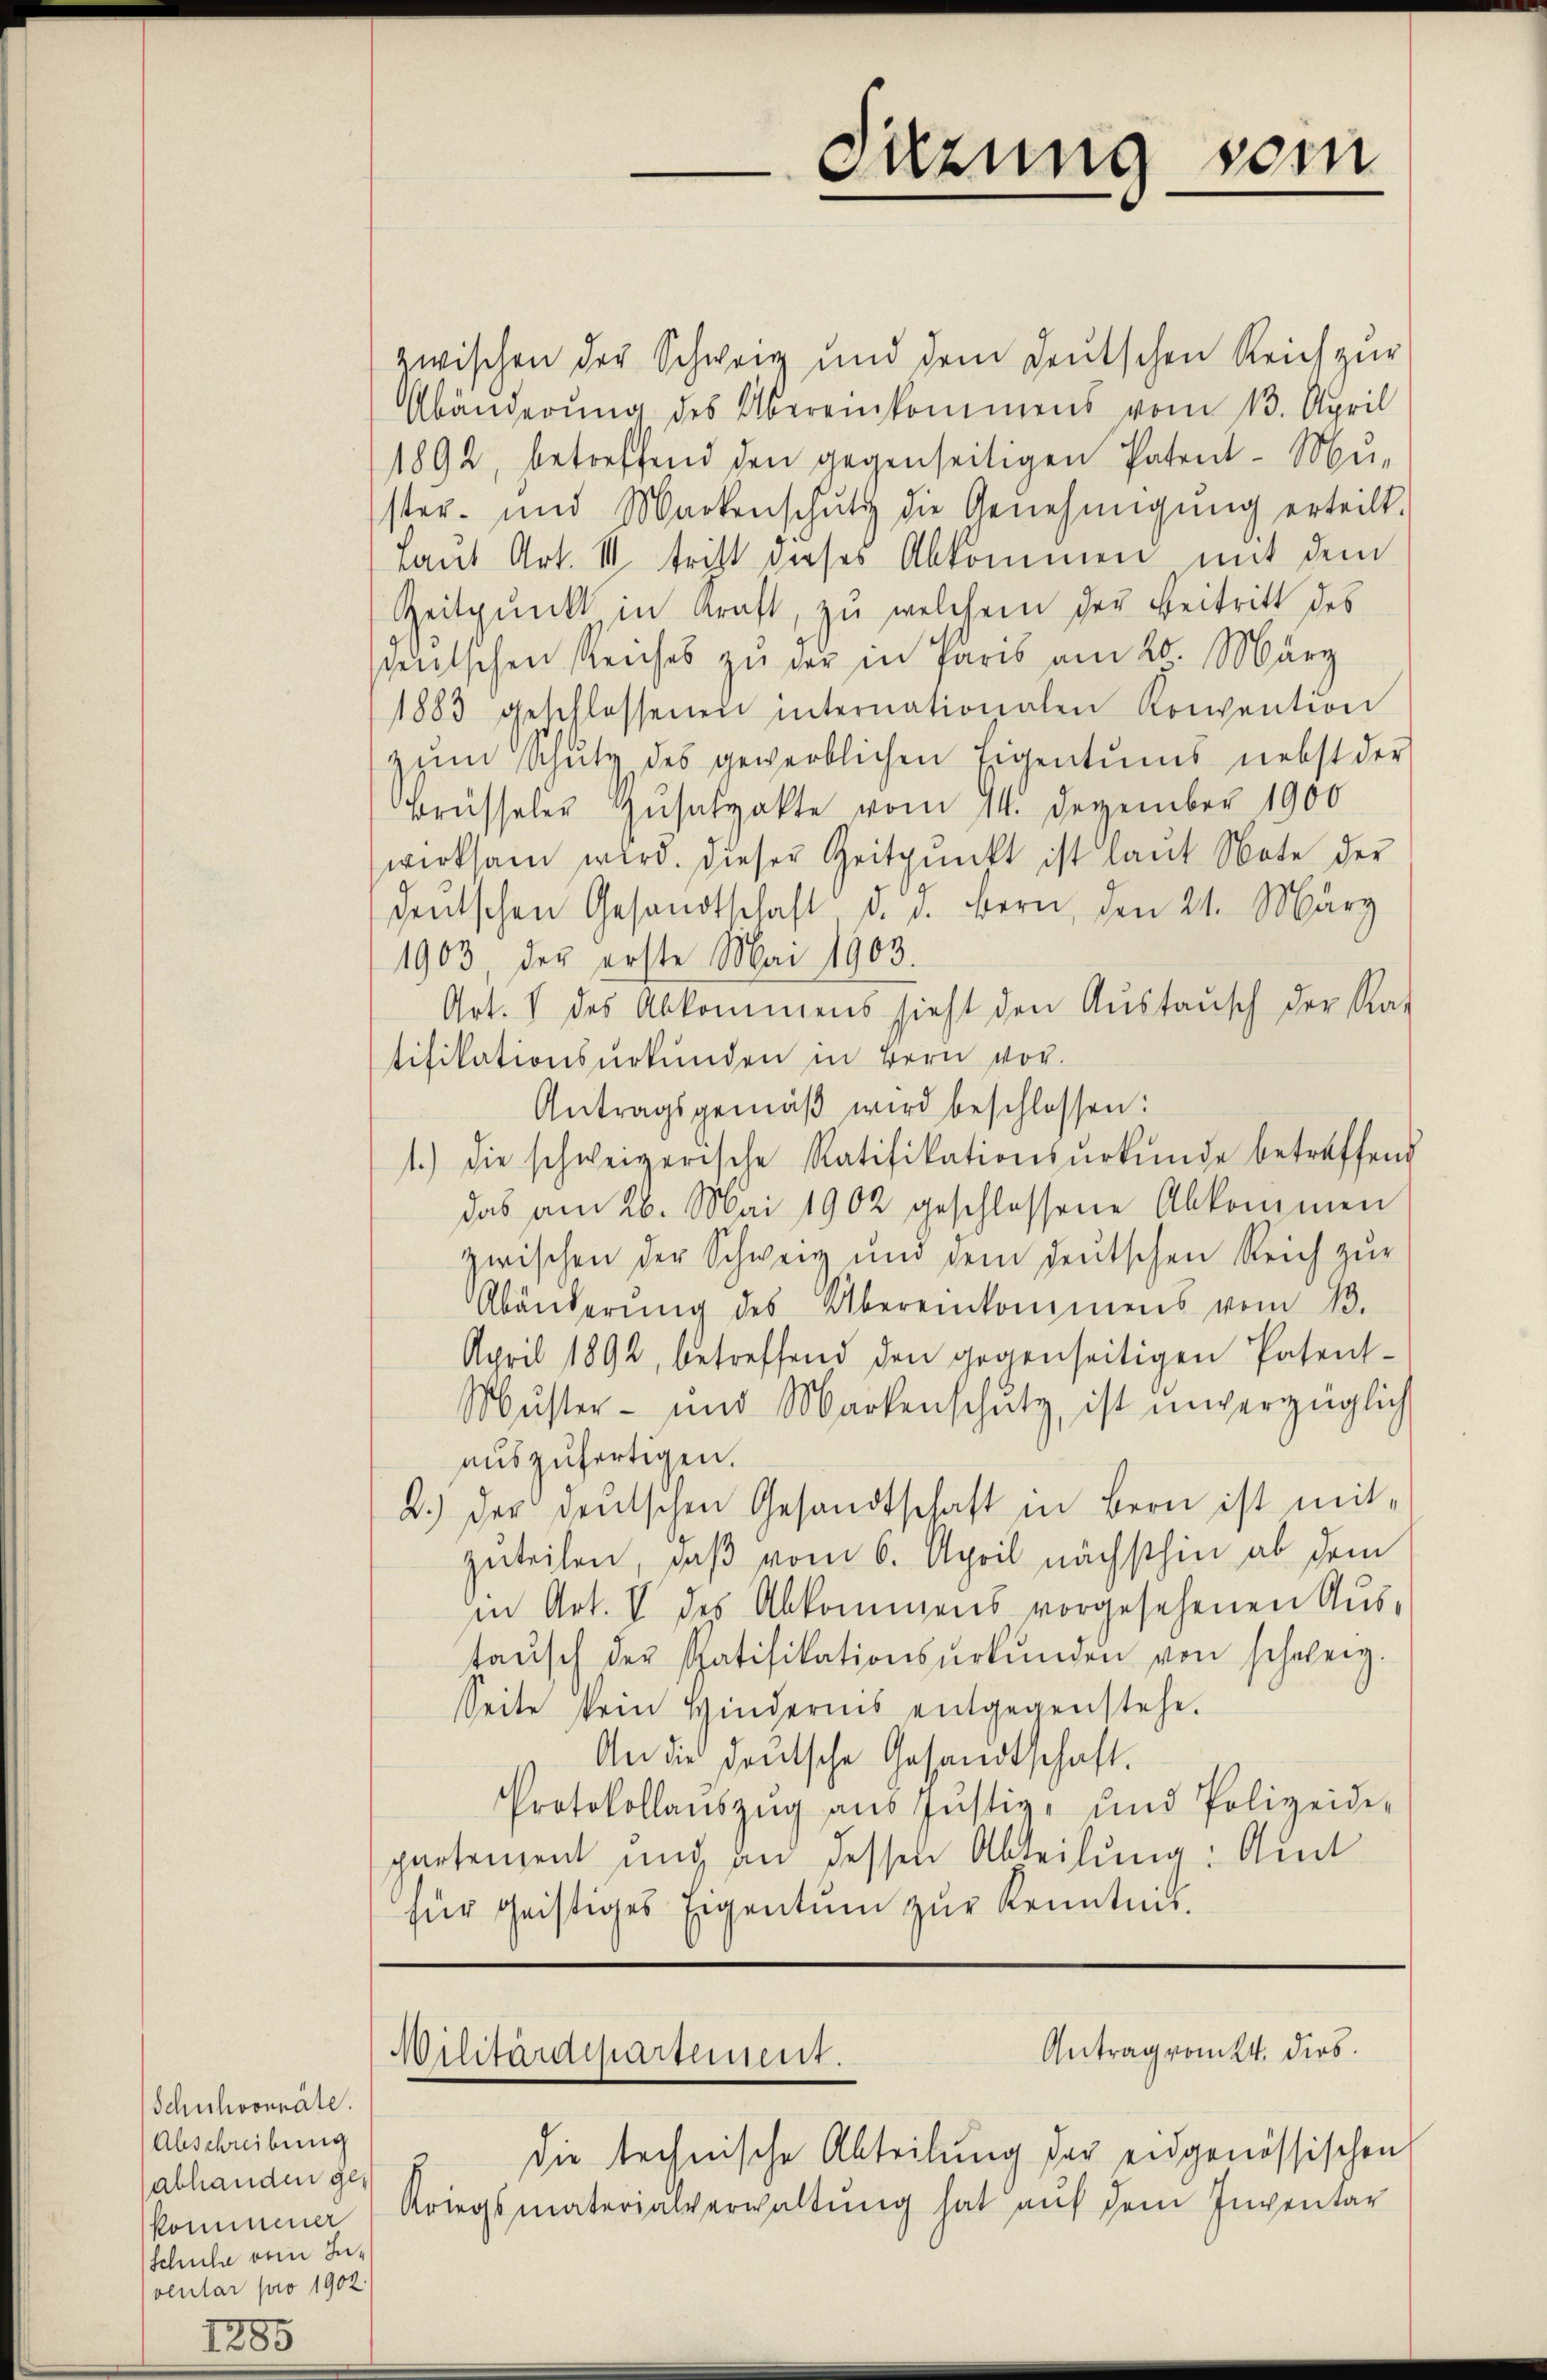
Schuhvonnäle.
Abschreibung
abhanden ges
Schule vom Invcular pro 1902.

285

zwischen der Schweig und dem Deutschen Reich zur
Abänderung des Übereinkommens vom 13. April
1892, betreffend den gegenseitigen Patent-Mŭ-
ster- und Markenschutz die Genehmigŭng erteilt.
Laut Art. II tritt dieses Abkommen mit dem
Zeitpunkt in Kraft, zu welchem der Beitritt des
deutschen Reiches zu der in Paris am 26. März
1883 geschlossenen internationalen Konvention
zŭm Schŭtz des gewerblichen Eigentums nebst der
Brüsseler Zusatzakte vom 14. Dezember 1900
wirksam wird. Dieser Zeitpunkt ist laŭt Note der
deutschen Gesandtschaft d. d. Bern, den 24. März
1903, der erste Mai 1903.
Art. 1 des Abkommens sieht den Austausch der Rat
tifikationsurkunden in Bern vor.
Antragsgemäβ wird beschlossen:
1.) die schweizerische Ratifikationsŭrkŭnde betreffend
das am 26. Mai 1902 geschlossene Abkommen
zwischen der Schweiz und dem deŭtschen Reich zŭr
Abänderŭng des Übereinkommens vom 13.
April 1892, betreffend den gegenseitigen Patent-
Muster- und Markenschutz, ist unverzüglich
auszufertigen.
2.) der deutschen Gesandtschaft in Bern ist mitzuteilen, daß vom 6. April nächsthin ab dem
in Art. V des Abkommens vorgesehenen Austaŭsch der Ratifikationsŭrkŭnden von schweiz.
Seite vom Hindernis entgegenstehe.
An die deutsche Gesandtschaft.
Protokollauszug aus Justiz- und Polizeide-
partement und an dessen Abteilung: Auch
für geistiges Eigentum zur Kenntnis.

Sitzung sein

Antrag vom 24. dieb.
Militärdepartement.

die technische Abteilung der eidgenössischen
.
kommener Kriegsmaterialverwaltung hat auf dem Inventar